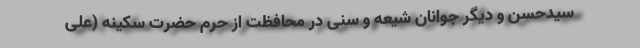
سیدحسن و دیگر جوانان شیعه و سُنی در محافظت از حرم حضرت سکینه (علی